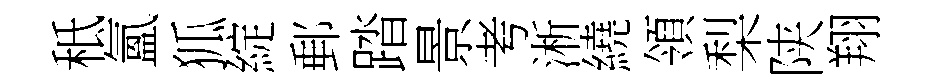
秪氳狐綻郵踏景考淅繞領梨陕翔